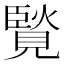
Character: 𧡼